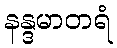
နန္ဒမာတရံ